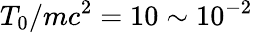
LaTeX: T_{0}/mc^{2}=10\sim 10^{-2}